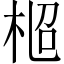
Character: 𣑌